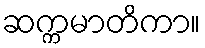
ဆက္ကမာတိကာ။